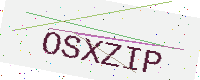
Text: OSXZIP